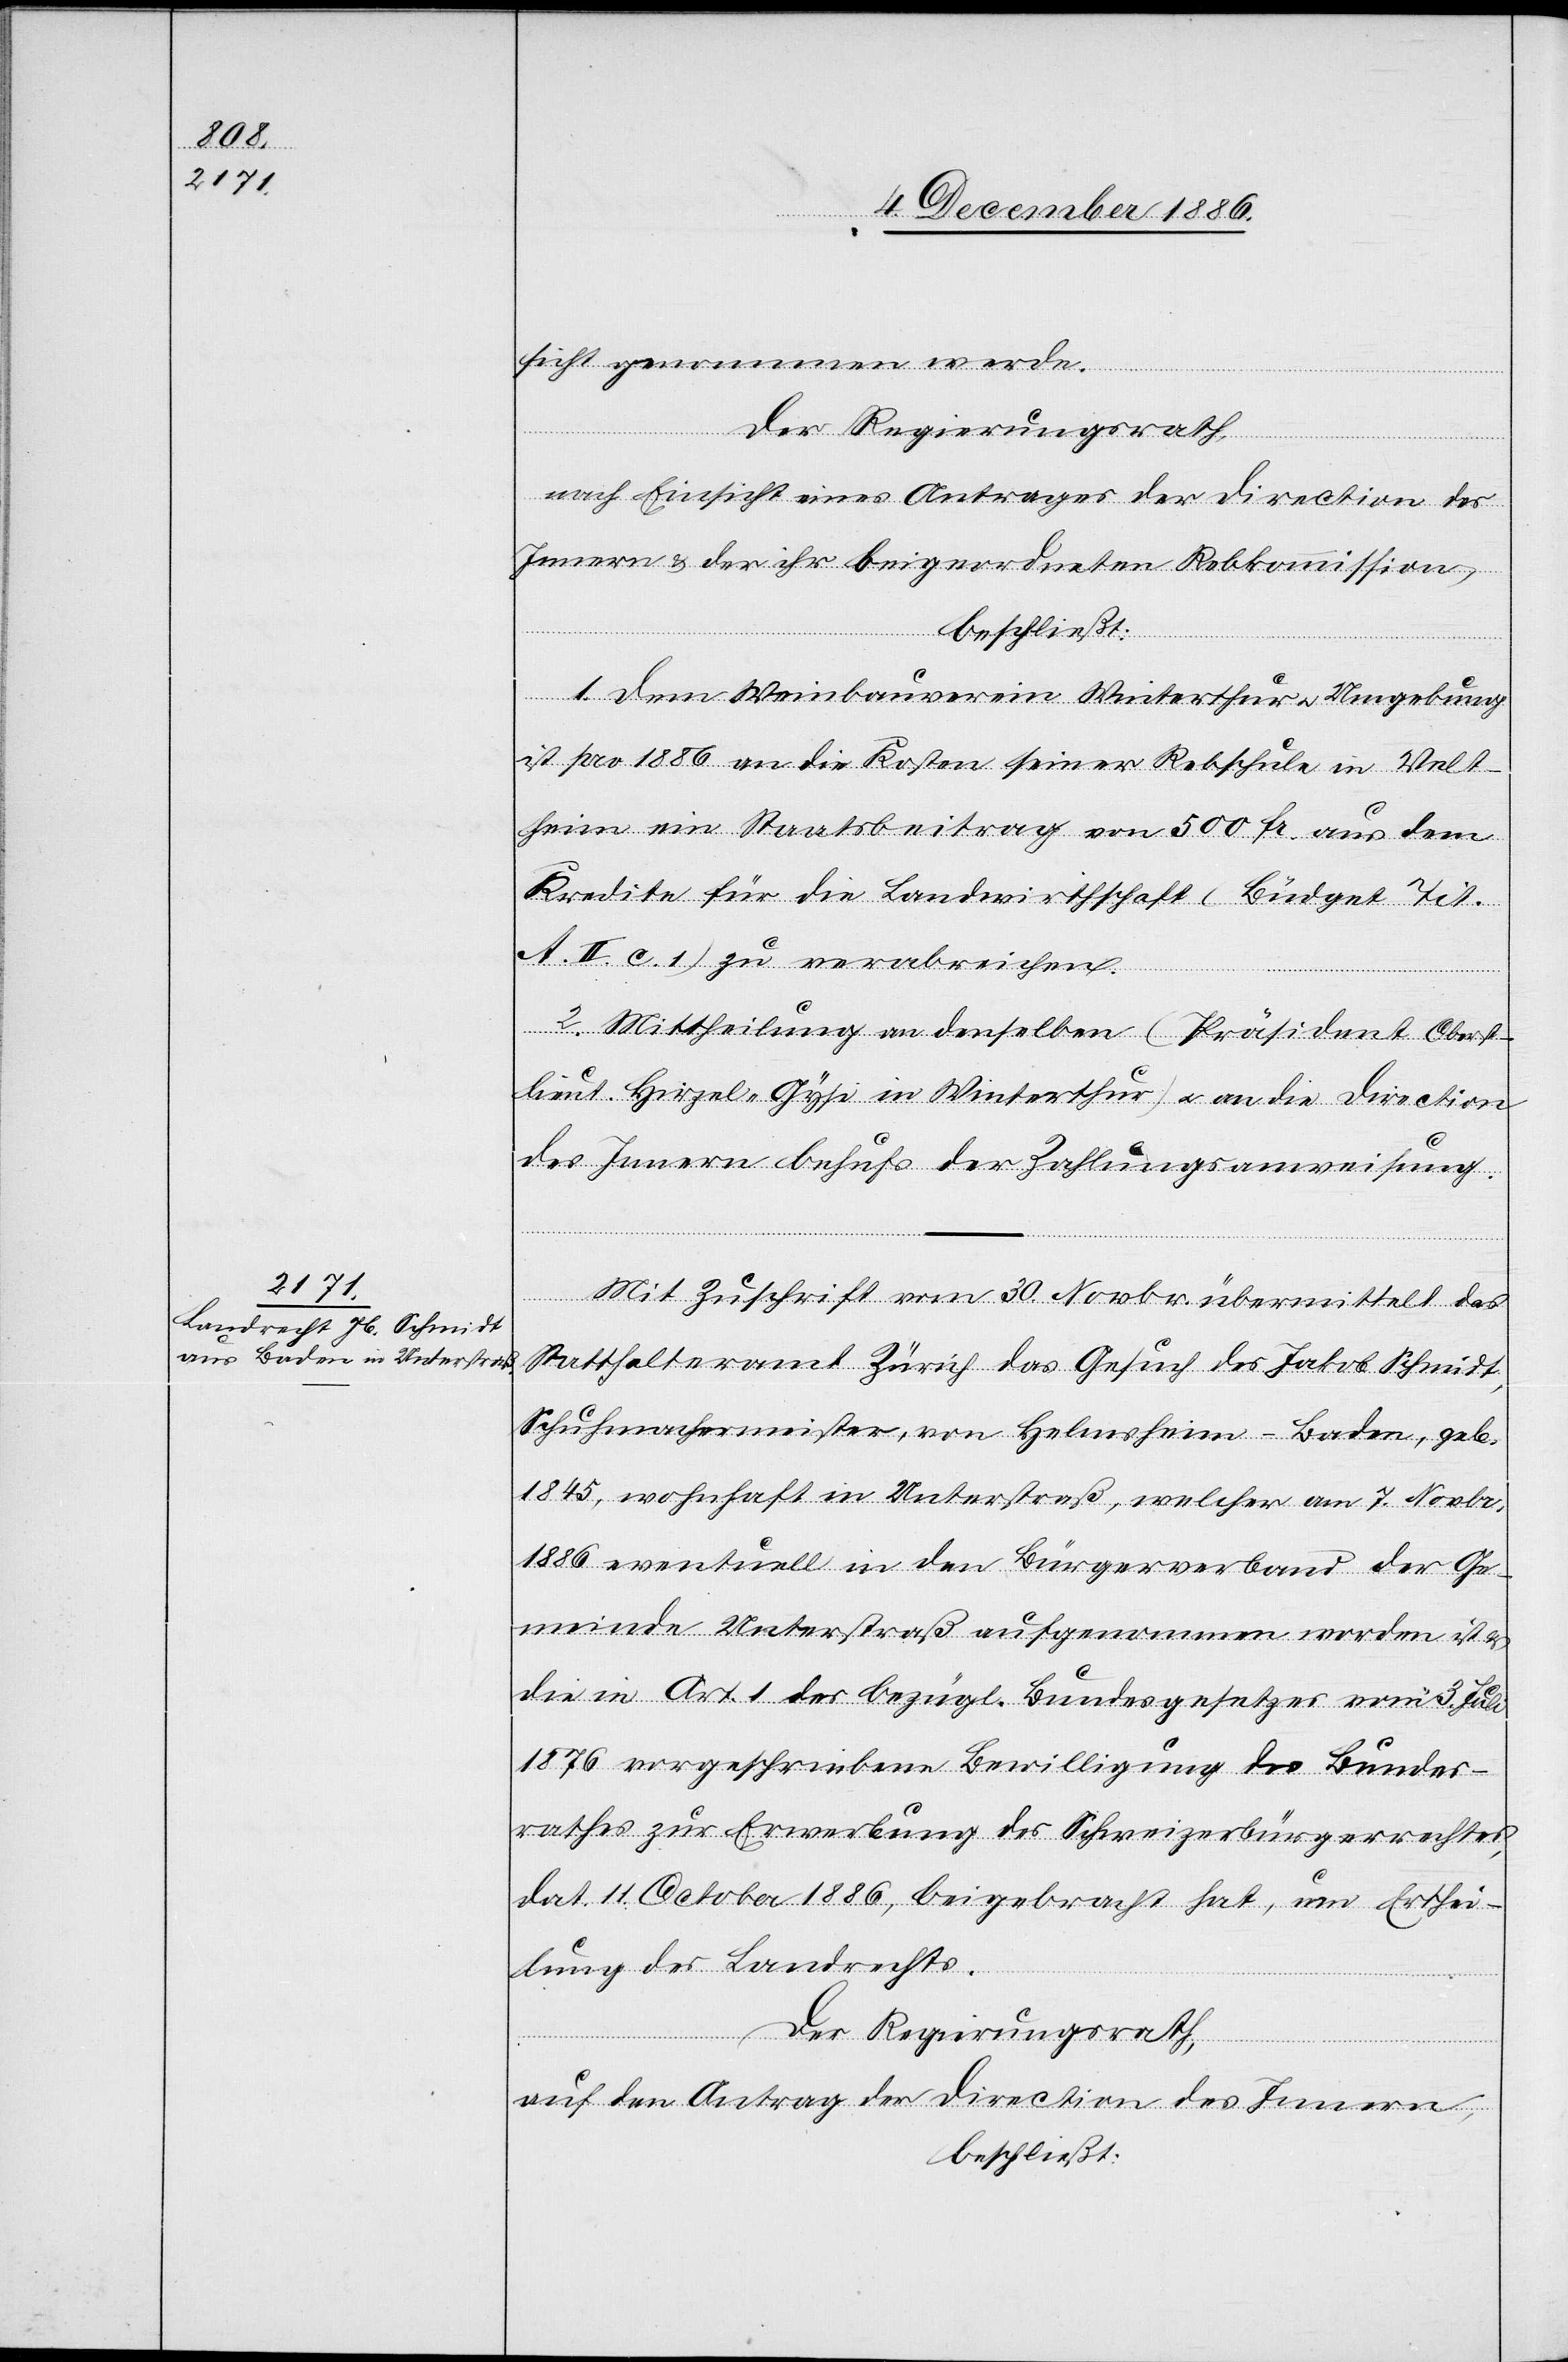
sicht genommen werde.
Der Regierungsrath,
nach Einsicht eines Antrages der Direction des
Innern & der ihr beigeordneten Rebkommission,
beschließt:
1. Dem Weinbauverein Winterthur & Umgebung
ist pro 1886 an die Kosten seiner Rebschule in Velt¬
heim ein Staatsbeitrag von 500 Fr. aus dem
Kredite für die Landwirthschaft (Büdget Tit.
A. II. c. 1) zu verabreichen.
2. Mittheilung an denselben (Präsident Oberst¬
lieut. Hirzel-Gysi in Winterthur) & an die Direction
des Innern behufs der Zahlungsanweisung.
Mit Zuschrift vom 30. Novbr. übermittelt das
Statthalteramt Zürich das Gesuch des Jakob Schmidt,
Schuhmachermeister, von Helmsheim - Baden, geb.
1845, wohnhaft in Unterstraß, welcher am 7. Novbr.
1886 eventuell in den Bürgerverband der Ge¬
meinde Unterstraß aufgenommen worden ist &
die in Art. 1 des bezügl. Bundesgesetzes vom 3. Juli
1876 vorgeschriebene Bewilligung des Bundes¬
rathes zur Erwerbung des Schweizerbürgerrechtes,
dat. 11. October 1886, beigebracht hat, um Erthei¬
lung des Landrechts.
Der Regierungsrath,
auf den Antrag der Direction des Innern,
beschließt: